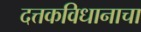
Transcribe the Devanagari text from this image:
दत्तकविधानाचा